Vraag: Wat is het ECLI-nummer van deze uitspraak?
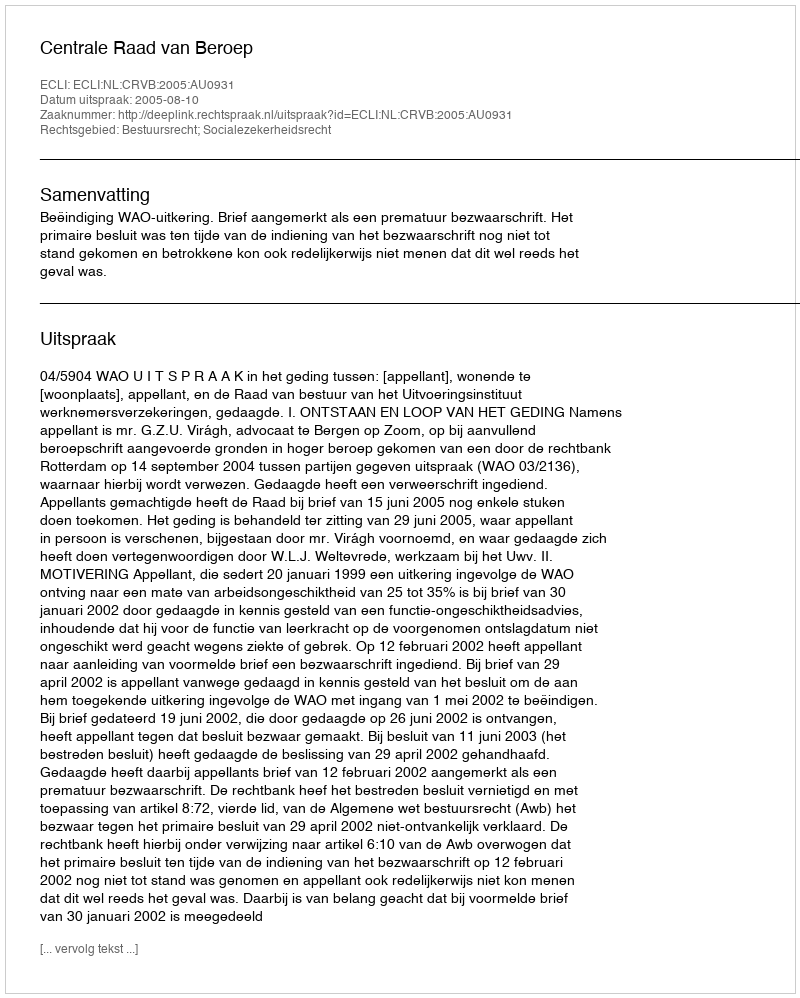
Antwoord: ECLI:NL:CRVB:2005:AU0931